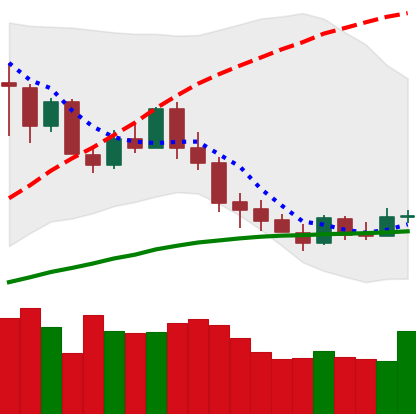
Ticker: XMR-USD
Chart end date: 2020-03-06
Forward return: -21.483%
Label: down_7plus